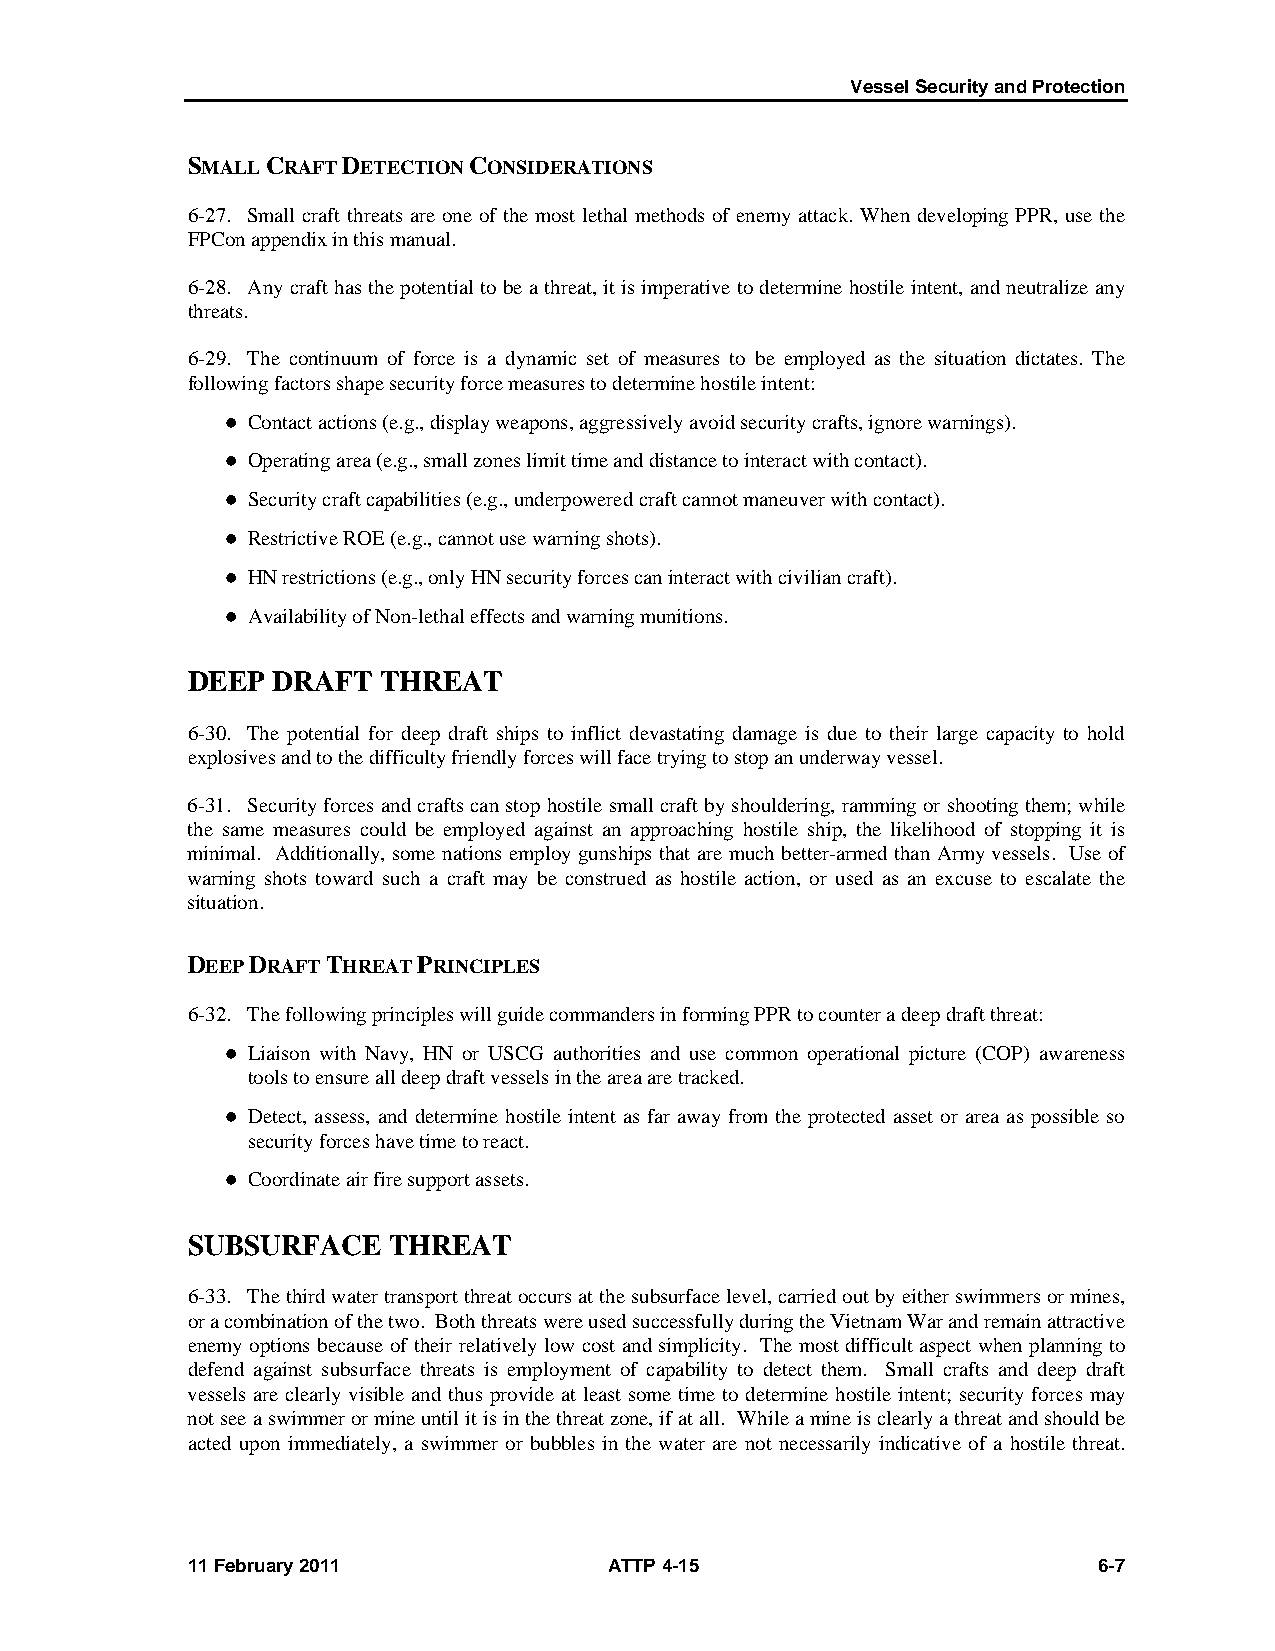
Vessel Security and Protection
 SMALL CRAFT DETECTION CONSIDERATIONS
 6-27. Small craft threats are one of the most lethal methods of enemy attack. When developing PPR, use the
 FPCon appendix in this manual.
 6-28. Any craft has the potential to be a threat, it is imperative to determine hostile intent, and neutralize any
 threats.
 6-29. The continuum of force is a dynamic set of measures to be employed as the situation dictates. The
 following factors shape security force measures to determine hostile intent:
  Contact actions (e.g., display weapons, aggressively avoid security crafts, ignore warnings).
  Operating area (e.g., small zones limit time and distance to interact with contact).
  Security craft capabilities (e.g., underpowered craft cannot maneuver with contact).
  Restrictive ROE (e.g., cannot use warning shots).
  HN restrictions (e.g., only HN security forces can interact with civilian craft).
  Availability of Non-lethal effects and warning munitions.
 DEEP  DRAFT  THREAT
 6-30. The potential for deep draft ships to inflict devastating damage is due to their large capacity to hold
 explosives and to the difficulty friendly forces will face trying to stop an underway vessel.
 6-31. Security forces and crafts can stop hostile small craft by shouldering, ramming or shooting them; while
 the same measures could be employed against an approaching hostile ship, the likelihood of stopping it is
 minimal. Additionally, some nations employ gunships that are much better-armed than Army vessels. Use of
 warning shots toward such a craft may be construed as hostile action, or used as an excuse to escalate the
 situation.
 DEEP DRAFT THREAT PRINCIPLES
 6-32. The following principles will guide commanders in forming PPR to counter a deep draft threat:
  Liaison with Navy, HN or USCG authorities and use common operational picture (COP) awareness
 tools to ensure all deep draft vessels in the area are tracked.
  Detect, assess, and determine hostile intent as far away from the protected asset or area as possible so
 security forces have time to react.
  Coordinate air fire support assets.
 SUBSURFACE    THREAT
 6-33. The third water transport threat occurs at the subsurface level, carried out by either swimmers or mines,
 or a combination of the two. Both threats were used successfully during the Vietnam War and remain attractive
 enemy options because of their relatively low cost and simplicity. The most difficult aspect when planning to
 defend against subsurface threats is employment of capability to detect them. Small crafts and deep draft
 vessels are clearly visible and thus provide at least some time to determine hostile intent; security forces may
 not see a swimmer or mine until it is in the threat zone, if at all. While a mine is clearly a threat and should be
 acted upon immediately, a swimmer or bubbles in the water are not necessarily indicative of a hostile threat.
 11 February 2011            ATTP 4-15                        6-7